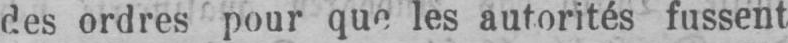
des ordres pour que les autorités fussent